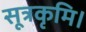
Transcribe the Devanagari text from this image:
सूत्रकृमि।